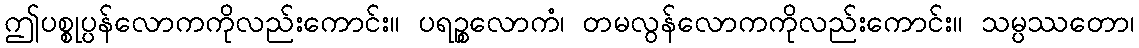
ဤပစ္စုပ္ပန်လောကကိုလည်းကောင်း။ ပရဉ္စလောကံ၊ တမလွန်လောကကိုလည်းကောင်း။ သမ္ပဿတော၊